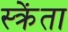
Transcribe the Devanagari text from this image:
स्क्रेंता